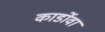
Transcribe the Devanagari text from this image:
कार्डोवा